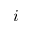
i